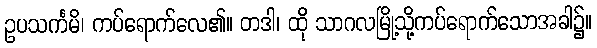
ဥပသင်္ကမိ၊ ကပ်ရောက်လေ၏။ တဒါ၊ ထို သာဂလမြို့သို့ကပ်ရောက်သောအခါ၌။